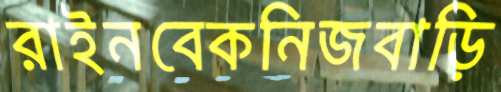
রাইনবেকনিজবাড়ি